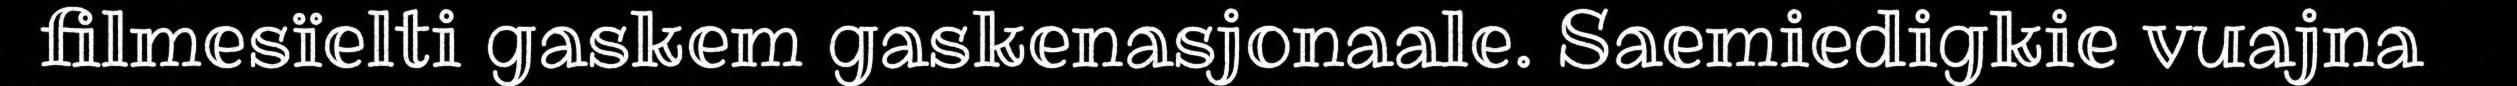
filmesïelti gaskem gaskenasjonaale. Saemiedigkie vuajna